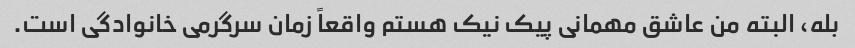
بله، البته من عاشق مهمانی پیک نیک هستم واقعاً زمان سرگرمی خانوادگی است.